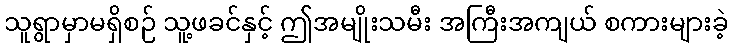
သူရွာမှာမရှိစဉ် သူ့ဖခင်နှင့် ဤအမျိုးသမီး အကြီးအကျယ် စကားများခဲ့